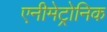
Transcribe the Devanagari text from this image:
एनीमेट्रोनिक